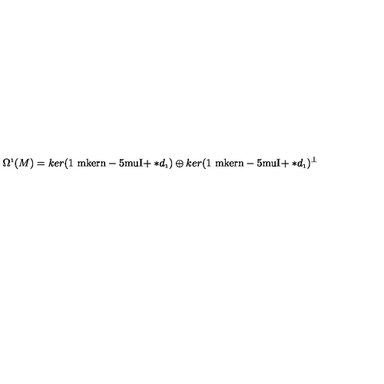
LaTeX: \Omega ^ { \scriptscriptstyle 1 } ( M ) = k e r ( \mathrm { 1 \ m k e r n - 5 m u I \! } + \ast d _ { \scriptscriptstyle 1 } ) \oplus k e r ( \mathrm { 1 \ m k e r n - 5 m u I \! } + \ast d _ { \scriptscriptstyle 1 } ) ^ { \perp }